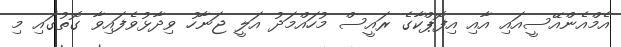
އެމްއެންއޭސީއައި އާއި އިފޮޕްކާގެ ރައީސް މުހައްމަދު އަލީ ޖަނާހު ވިދާޅުވެފައިވާ ގޮތުގައި މި